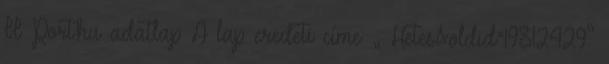
II Port.hu adatlap A lap eredeti címe: „ Hetes&oldid=19812429”